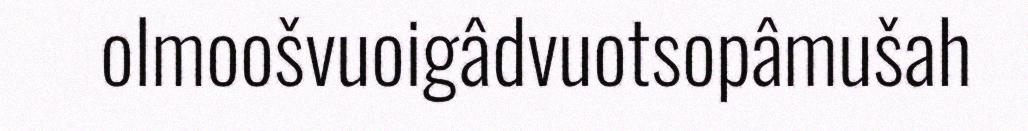
olmoošvuoigâdvuotsopâmušah